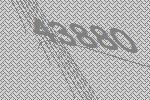
43880